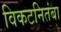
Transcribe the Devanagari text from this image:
विकटनितंबा